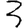
Digit: 3